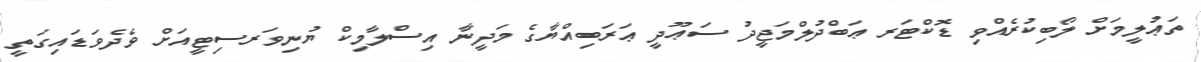
ތަޢުލީމަށް ލޯބިކުރެއްވި ޑޮކްޓަރ ޢަބްދުލްމަޖީދު ސަޢޫދީ ޢަރަބިއްޔާގެ މަދީނާ އިސްލާމިކް ޔުނިވަރސިޓީއަށް ވެދެވަޑައިގަތީ